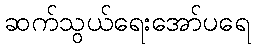
ဆက်သွယ်ရေးအော်ပရေ